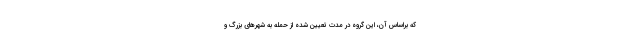
که براساس آن، این گروه در مدت تعیین شده از حمله به شهرهای بزرگ و